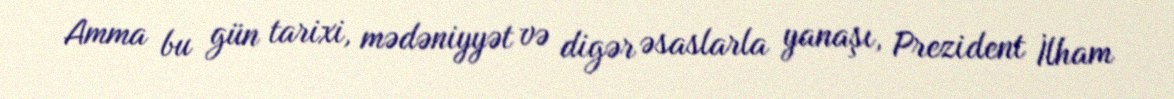
Amma bu gün tarixi, mədəniyyət və digər əsaslarla yanaşı, Prezident İlham